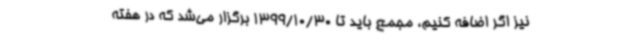
نیز اگر اضافه کنیم، مجمع باید تا 1399/10/30 برگزار می‌شد که در هفته